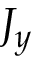
J _ { y }